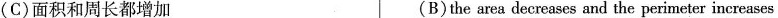
(C)面积和周长都增加 (B)the area decreases and the perimeter increases